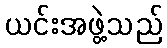
ယင်းအဖွဲ့သည်